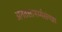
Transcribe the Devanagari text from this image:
अनंतसामर्थ्यसंपन्ना